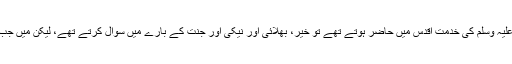
فرماتے ہیں کہ دیگر صحابہ کرامؓ جب نبی اکرم صلی اللہ علیہ وسلم کی خدمتِ اقدس میں حاضر ہوتے تھے تو خیر، بھلائی اور نیکی اور جنت کے بارے میں سوال کرتے تھے، لیکن میں جب بھی حضور صلی اللہ علیہ وسلم کی خدمت میں حاضر ہو.